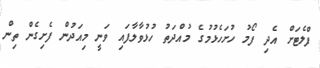
ފްލެޓަށް އެދި ފޯމު ހުށަހެޅުމުގެ މުއްދަތު ހުޅުވާލާފައި ވަނީ މިއަދުން ފެށިގެން ތިން